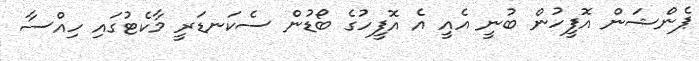
ޕެންޝަން އޮފީހުން ބުނީ އެއީ އެ އޮފީހުގެ ބޯޑުން ސެކަނޑަރީ މާކެޓުގައި ހިއްސާ